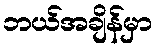
ဘယ်အချိန်မှာ